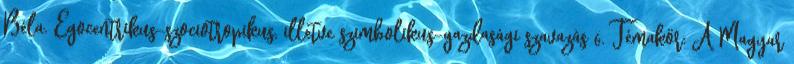
Béla. Egocentrikus-szociotropikus, illetve szimbolikus-gazdasági szavazás 6. Témakör: A Magyar